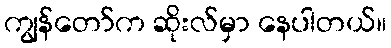
ကျွန်တော်က ဆိုးလ်မှာ နေပါတယ်။